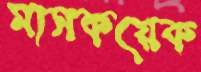
মাসকয়েক